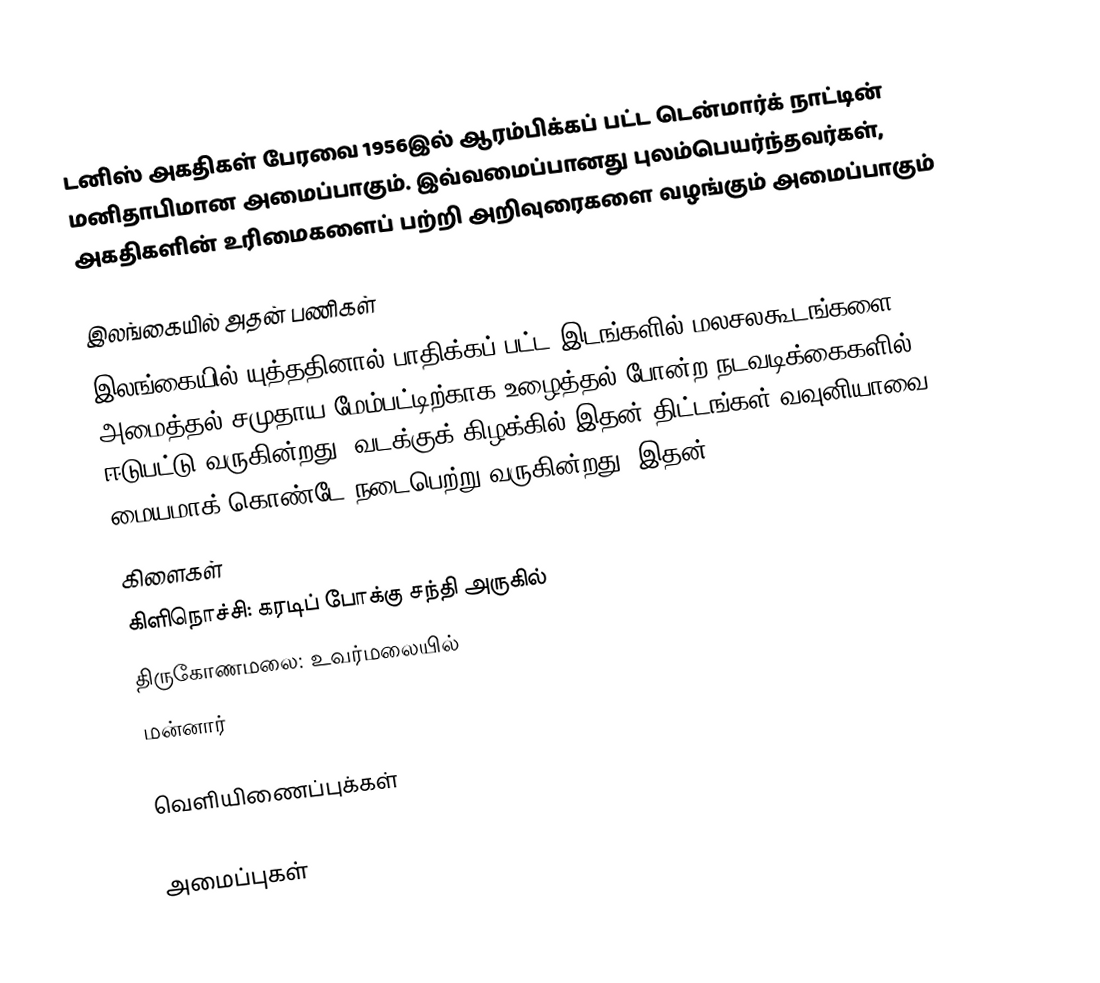
டனிஸ் அகதிகள் பேரவை 1956இல் ஆரம்பிக்கப் பட்ட டென்மார்க் நாட்டின் மனிதாபிமான அமைப்பாகும். இவ்வமைப்பானது புலம்பெயர்ந்தவர்கள், அகதிகளின்  உரிமைகளைப் பற்றி அறிவுரைகளை வழங்கும் அமைப்பாகும்

இலங்கையில் அதன் பணிகள்
இலங்கையில் யுத்ததினால் பாதிக்கப் பட்ட இடங்களில் மலசலகூடங்களை அமைத்தல் சமுதாய மேம்பட்டிற்காக உழைத்தல் போன்ற நடவடிக்கைகளில் ஈடுபட்டு வருகின்றது. வடக்குக் கிழக்கில் இதன் திட்டங்கள் வவுனியாவை மையமாக் கொண்டே நடைபெற்று வருகின்றது. இதன்
கிளைகள்
கிளிநொச்சி: கரடிப் போக்கு சந்தி அருகில்
திருகோணமலை: உவர்மலையில்
மன்னார்

வெளியிணைப்புக்கள்
 Danish Refugee Council  (in English)
அமைப்புகள்